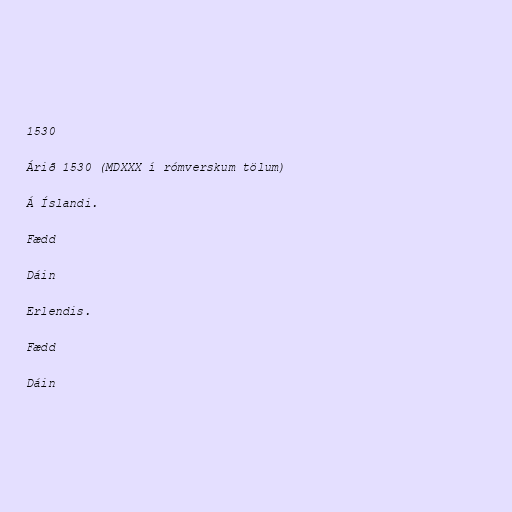
1530

Árið 1530 (MDXXX í rómverskum tölum)

Á Íslandi.

Fædd

Dáin

Erlendis.

Fædd

Dáin